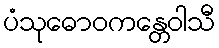
ပံသုဓောဝကန္တေဝါသီ